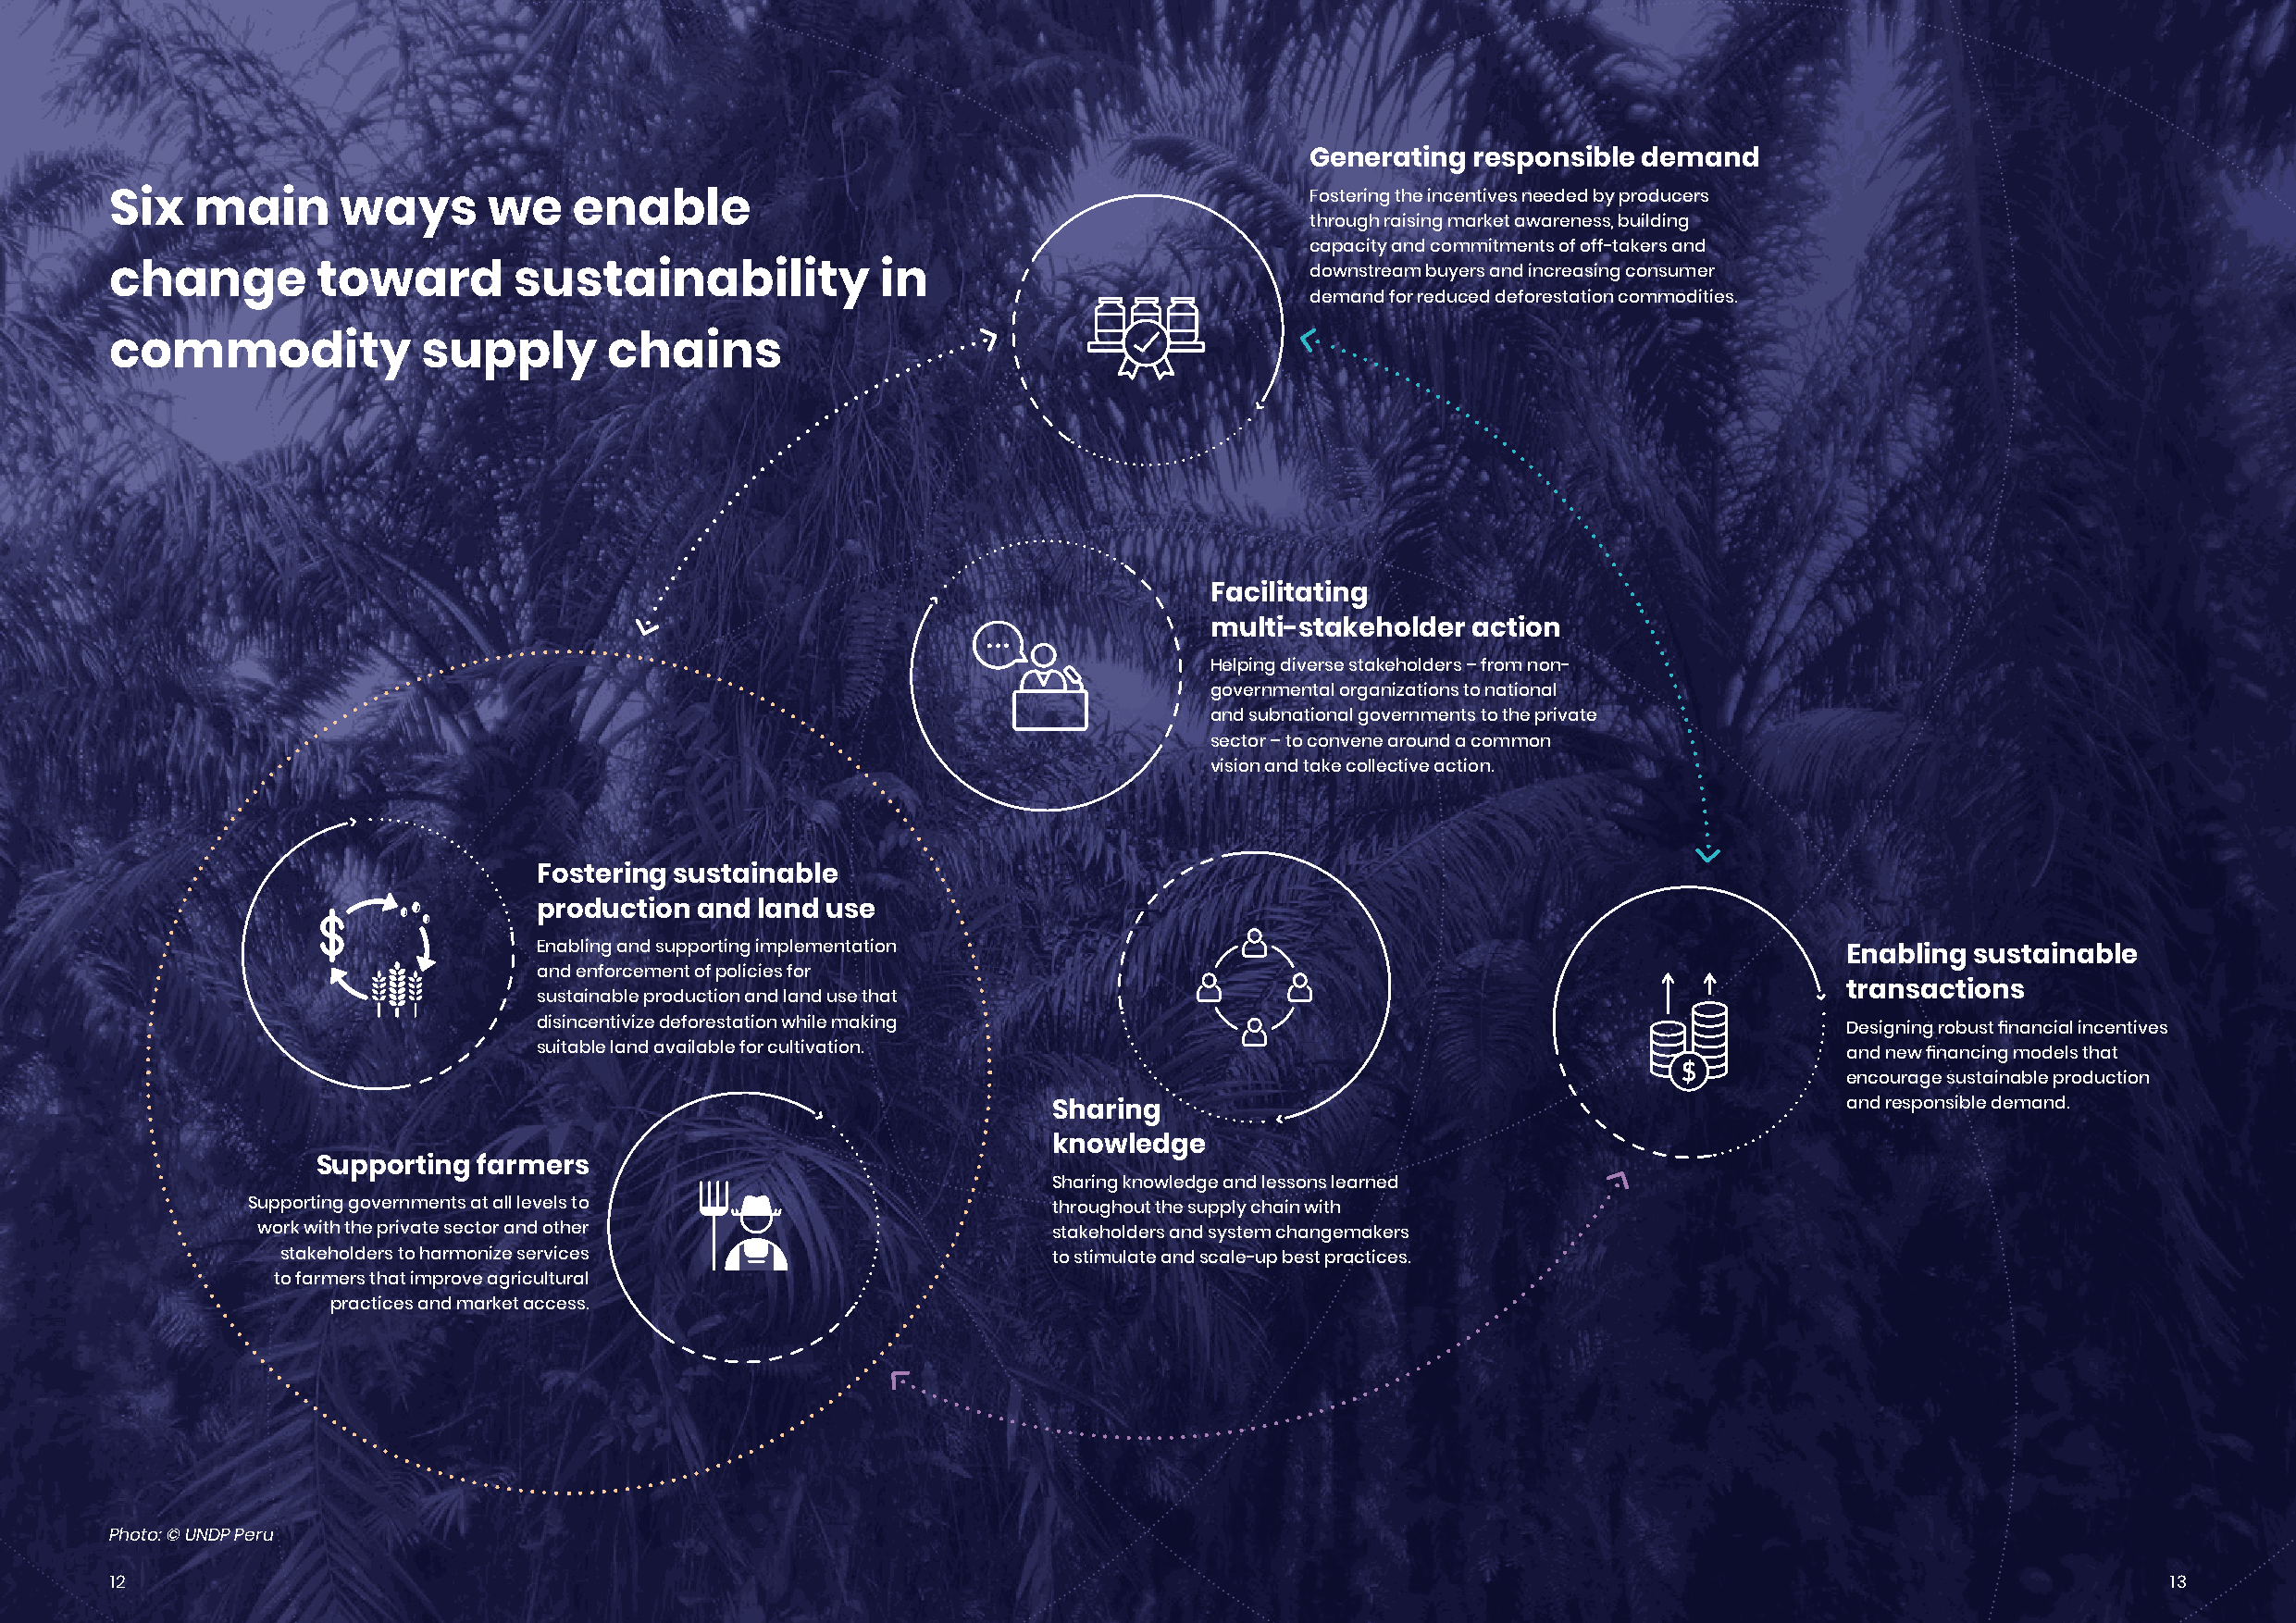
Generating responsible demand
 Fostering the incentives needed by producers
 Six   main      ways       we    enable
 through raising market awareness, building
 capacity and commitments of off-takers and
 downstream buyers and increasing consumer
 change         toward        sustainability            in
 demand for reduced deforestation commodities.
 commodity             supply       chains
 Facilitating
 multi-stakeholder action
 Helping diverse stakeholders – from non-
 governmental organizations to national
 and subnational governments to the private
 sector – to convene around a common
 vision and take collective action.
 Fostering sustainable
 production  and land use
 Enabling and supporting implementation
 Enabling sustainable
 and enforcement of policies for
 transactions
 sustainable production and land use that
 disincentivize deforestation while making
 Designing robust financial incentives
 suitable land available for cultivation.
 and new financing models that
 encourage sustainable production
 and responsible demand.
 Sharing
 knowledge
 Supporting farmers
 Sharing knowledge and lessons learned
 Supporting governments at all levels to                  throughout the supply chain with
 work with the private sector and other                   stakeholders and system changemakers
 stakeholders to harmonize services                     to stimulate and scale-up best practices.
 to farmers that improve agricultural
 practices and market access.
 Photo: © UNDP Peru
 12                                                                                                                                                 13